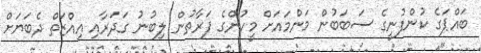
ބައްޕަގެ ކުންފުނީގެ ސަބަބުން މަންމައަށް މީހުންގެ ފަރާތުން ލިބުނު ގަދަރާއި އިއްޒަތް ދެބަޔަށް